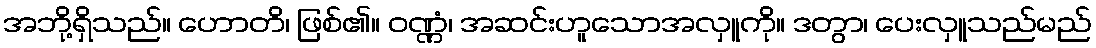
အဘို့ရှိသည်။ ဟောတိ၊ ဖြစ်၏။ ဝဏ္ဏံ၊ အဆင်းဟူသောအလှူကို။ ဒတွာ၊ ပေးလှူသည်မည်